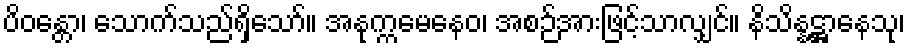
ပိဝန္တော၊ သောက်သည်ရှိသော်။ အနုက္ကမေနေဝ၊ အစဉ်အားဖြင့်သာလျှင်။ နိသိန္နဋ္ဌာနေသု၊